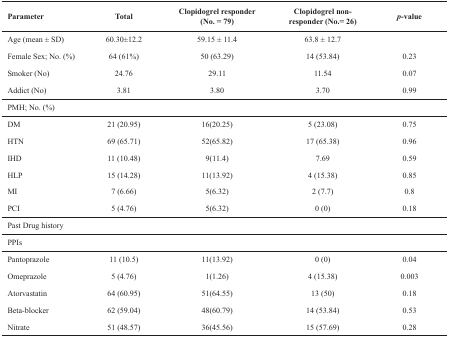
| Parameter | Total | Clopidogrel responder(No. = 79) | Clopidogrelnon-responder (No.= 26) | p-value |
 | --- | --- | --- | --- | --- |
 | Age (mean ± SD) | 60.30±12.2 | 59.15 ± 11.4 | 63.8 ± 12.7 |  |
 | Female Sex; No. (%) | 64 (61%) | 50 (63.29) | 14(53.84) | 0.23 |
 | Smoker (No) | 24.76 | 29.11 | 11.54 | 0.07 |
 | Addict (No) | 3.81 | 3.80 | 3.70 | 0.99 |
 | PMH; No. (%) |  |  |  |  |
 | DM | 21(20.95) | 16(20.25) | 5(23.08) | 0.75 |
 | HTN | 69(65.71) | 52(65.82) | 17(65.38) | 0.96 |
 | IHD | 11(10.48) | 9(11.4) | 7.69 | 0.59 |
 | HLP | 15(14.28) | 11(13.92) | 4(15.38) | 0.85 |
 | MI | 7(6.66) | 5(6.32) | 2(7.7) | 0.8 |
 | PCI | 5(4.76) | 5(6.32) | 0(0) | 0.18 |
 | Past Drug history |  |  |  |  |
 | PPIs |  |  |  |  |
 | Pantoprazole | 11(10.5) | 11(13.92) | 0(0) | 0.04 |
 | Omeprazole | 5(4.76) | 1(1.26) | 4(15.38) | 0.003 |
 | Atorvastatin | 64(60.95) | 51(64.55) | 13(50) | 0.18 |
 | Beta-blocker | 62(59.04) | 48(60.79) | 14(53.84) | 0.53 |